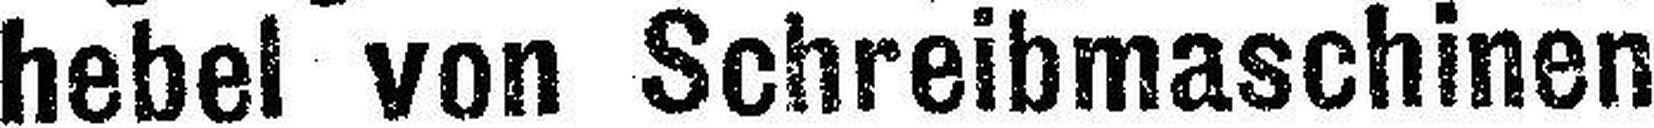
hebel von Schreibmaschinen